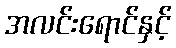
အလင်းရောင်နှင့်